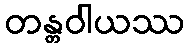
တန္တဝါယဿ